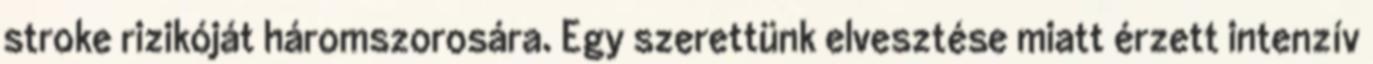
stroke rizikóját háromszorosára. Egy szerettünk elvesztése miatt érzett intenzív